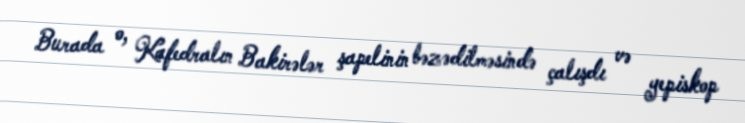
Burada o, Kafedralın Bakirələr şapelinin bəzədilməsində çalışdı və yepiskop